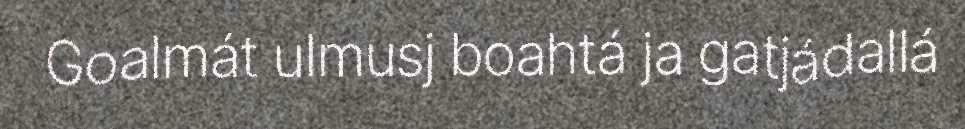
Goalmát ulmusj boahtá ja gatjádallá